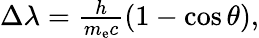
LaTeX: \textstyle\Delta\lambda={\frac{h}{m_{\mathrm{e}}c}}(1-\cos\theta),